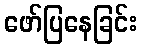
ဖော်ပြနေခြင်း